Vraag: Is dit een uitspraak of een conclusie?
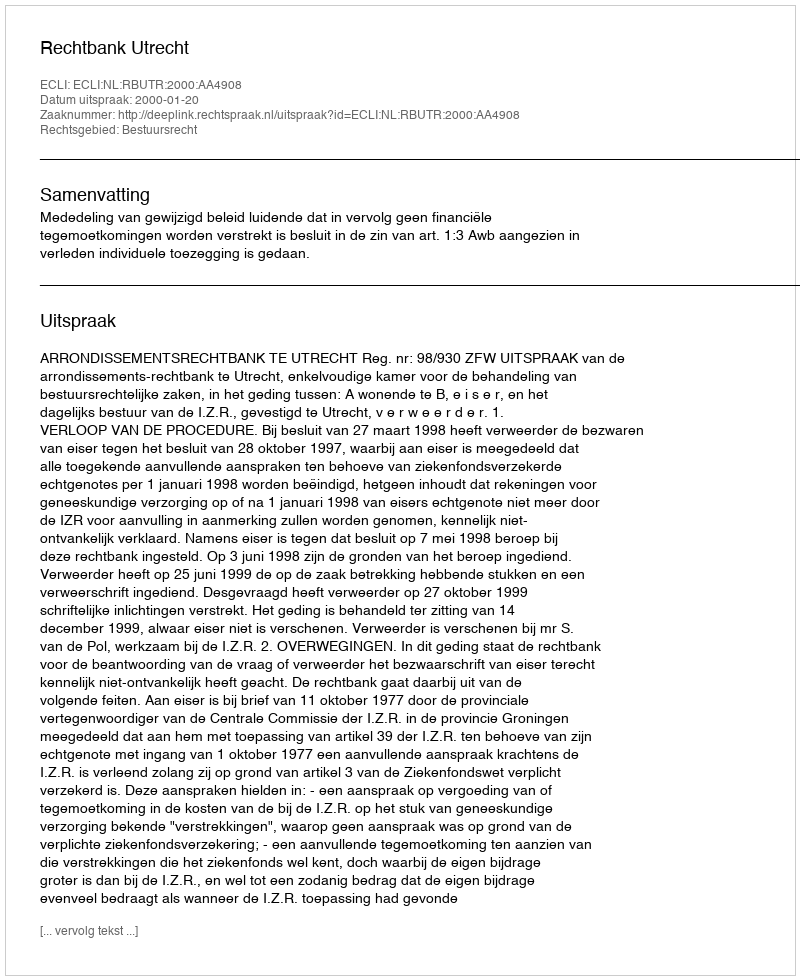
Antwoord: Uitspraak